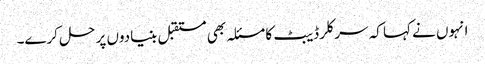
انہوں نے کہا کہ سرکلر ڈیبٹ کا مسئلہ بھی مستقبل بنیادوں پر حل کرے۔